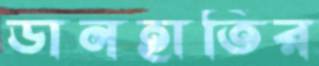
ডানহাতির